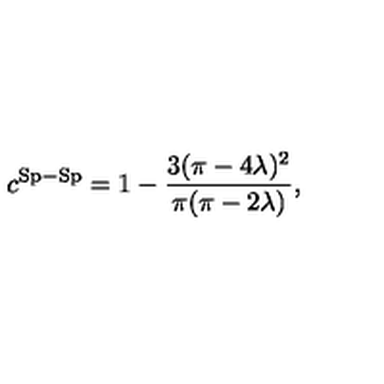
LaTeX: c ^ { \mathrm { S p - S p } } = 1 - \frac { 3 ( \pi - 4 \lambda ) ^ { 2 } } { \pi ( \pi - 2 \lambda ) } ,